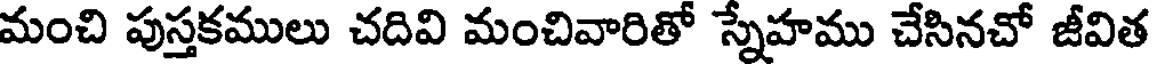
మంచి పుస్తకములు చదివి మంచివారితో స్నేహము చేసినచో జీవిత